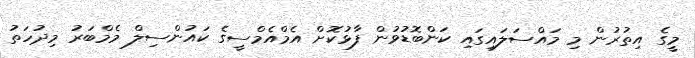
މީގެ އިތުރުން މި މައްސަލައިގައި ކަންބޮޑުވުން ފާޅުކޮށް އެމްއެމްސީގެ ކައުންސިލް މެމްބަރު މިދުހަތު